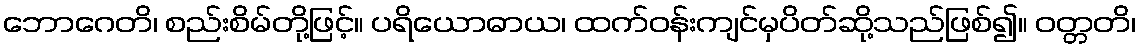
ဘောဂေတိ၊ စည်းစိမ်တို့ဖြင့်။ ပရိယောဓာယ၊ ထက်ဝန်းကျင်မှပိတ်ဆို့သည်ဖြစ်၍။ ဝတ္တတိ၊